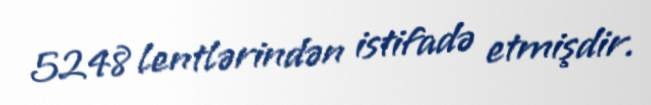
5248 lentlərindən istifadə etmişdir.